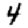
Digit: 4